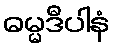
ဓမ္မဒီပါနံ